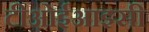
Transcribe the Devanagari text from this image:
टीओईआइसी